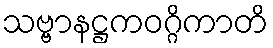
သဗ္ဗာနဋ္ဌကဝဂ္ဂိကာတိ